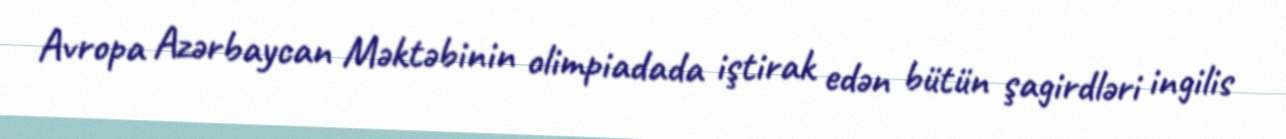
Avropa Azərbaycan Məktəbinin olimpiadada iştirak edən bütün şagirdləri ingilis